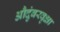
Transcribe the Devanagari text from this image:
औदुंबरवृक्षा